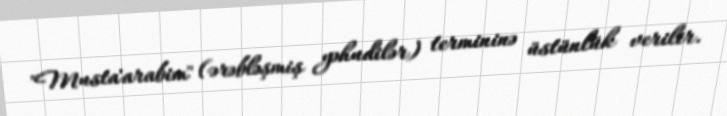
"Musta'arabim" (ərəbləşmiş yəhudilər) termininə üstünlük verilir.